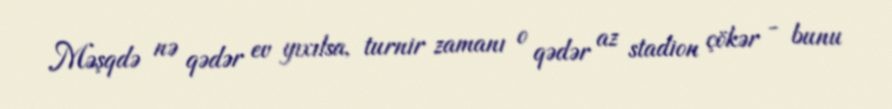
Məşqdə nə qədər ev yıxılsa, turnir zamanı o qədər az stadion çökər - bunu